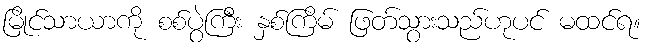
မြိုင်သာယာကို စစ်ပွဲကြီး နှစ်ကြိမ် ဖြတ်သွားသည်ဟုပင် မထင်ရ။